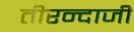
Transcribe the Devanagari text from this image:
तीरन्दाजी